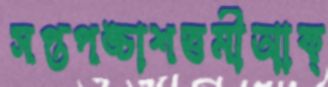
সপ্তপঙ্চাশত্তমীআক্